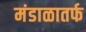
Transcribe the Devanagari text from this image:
मंडाळातर्फ